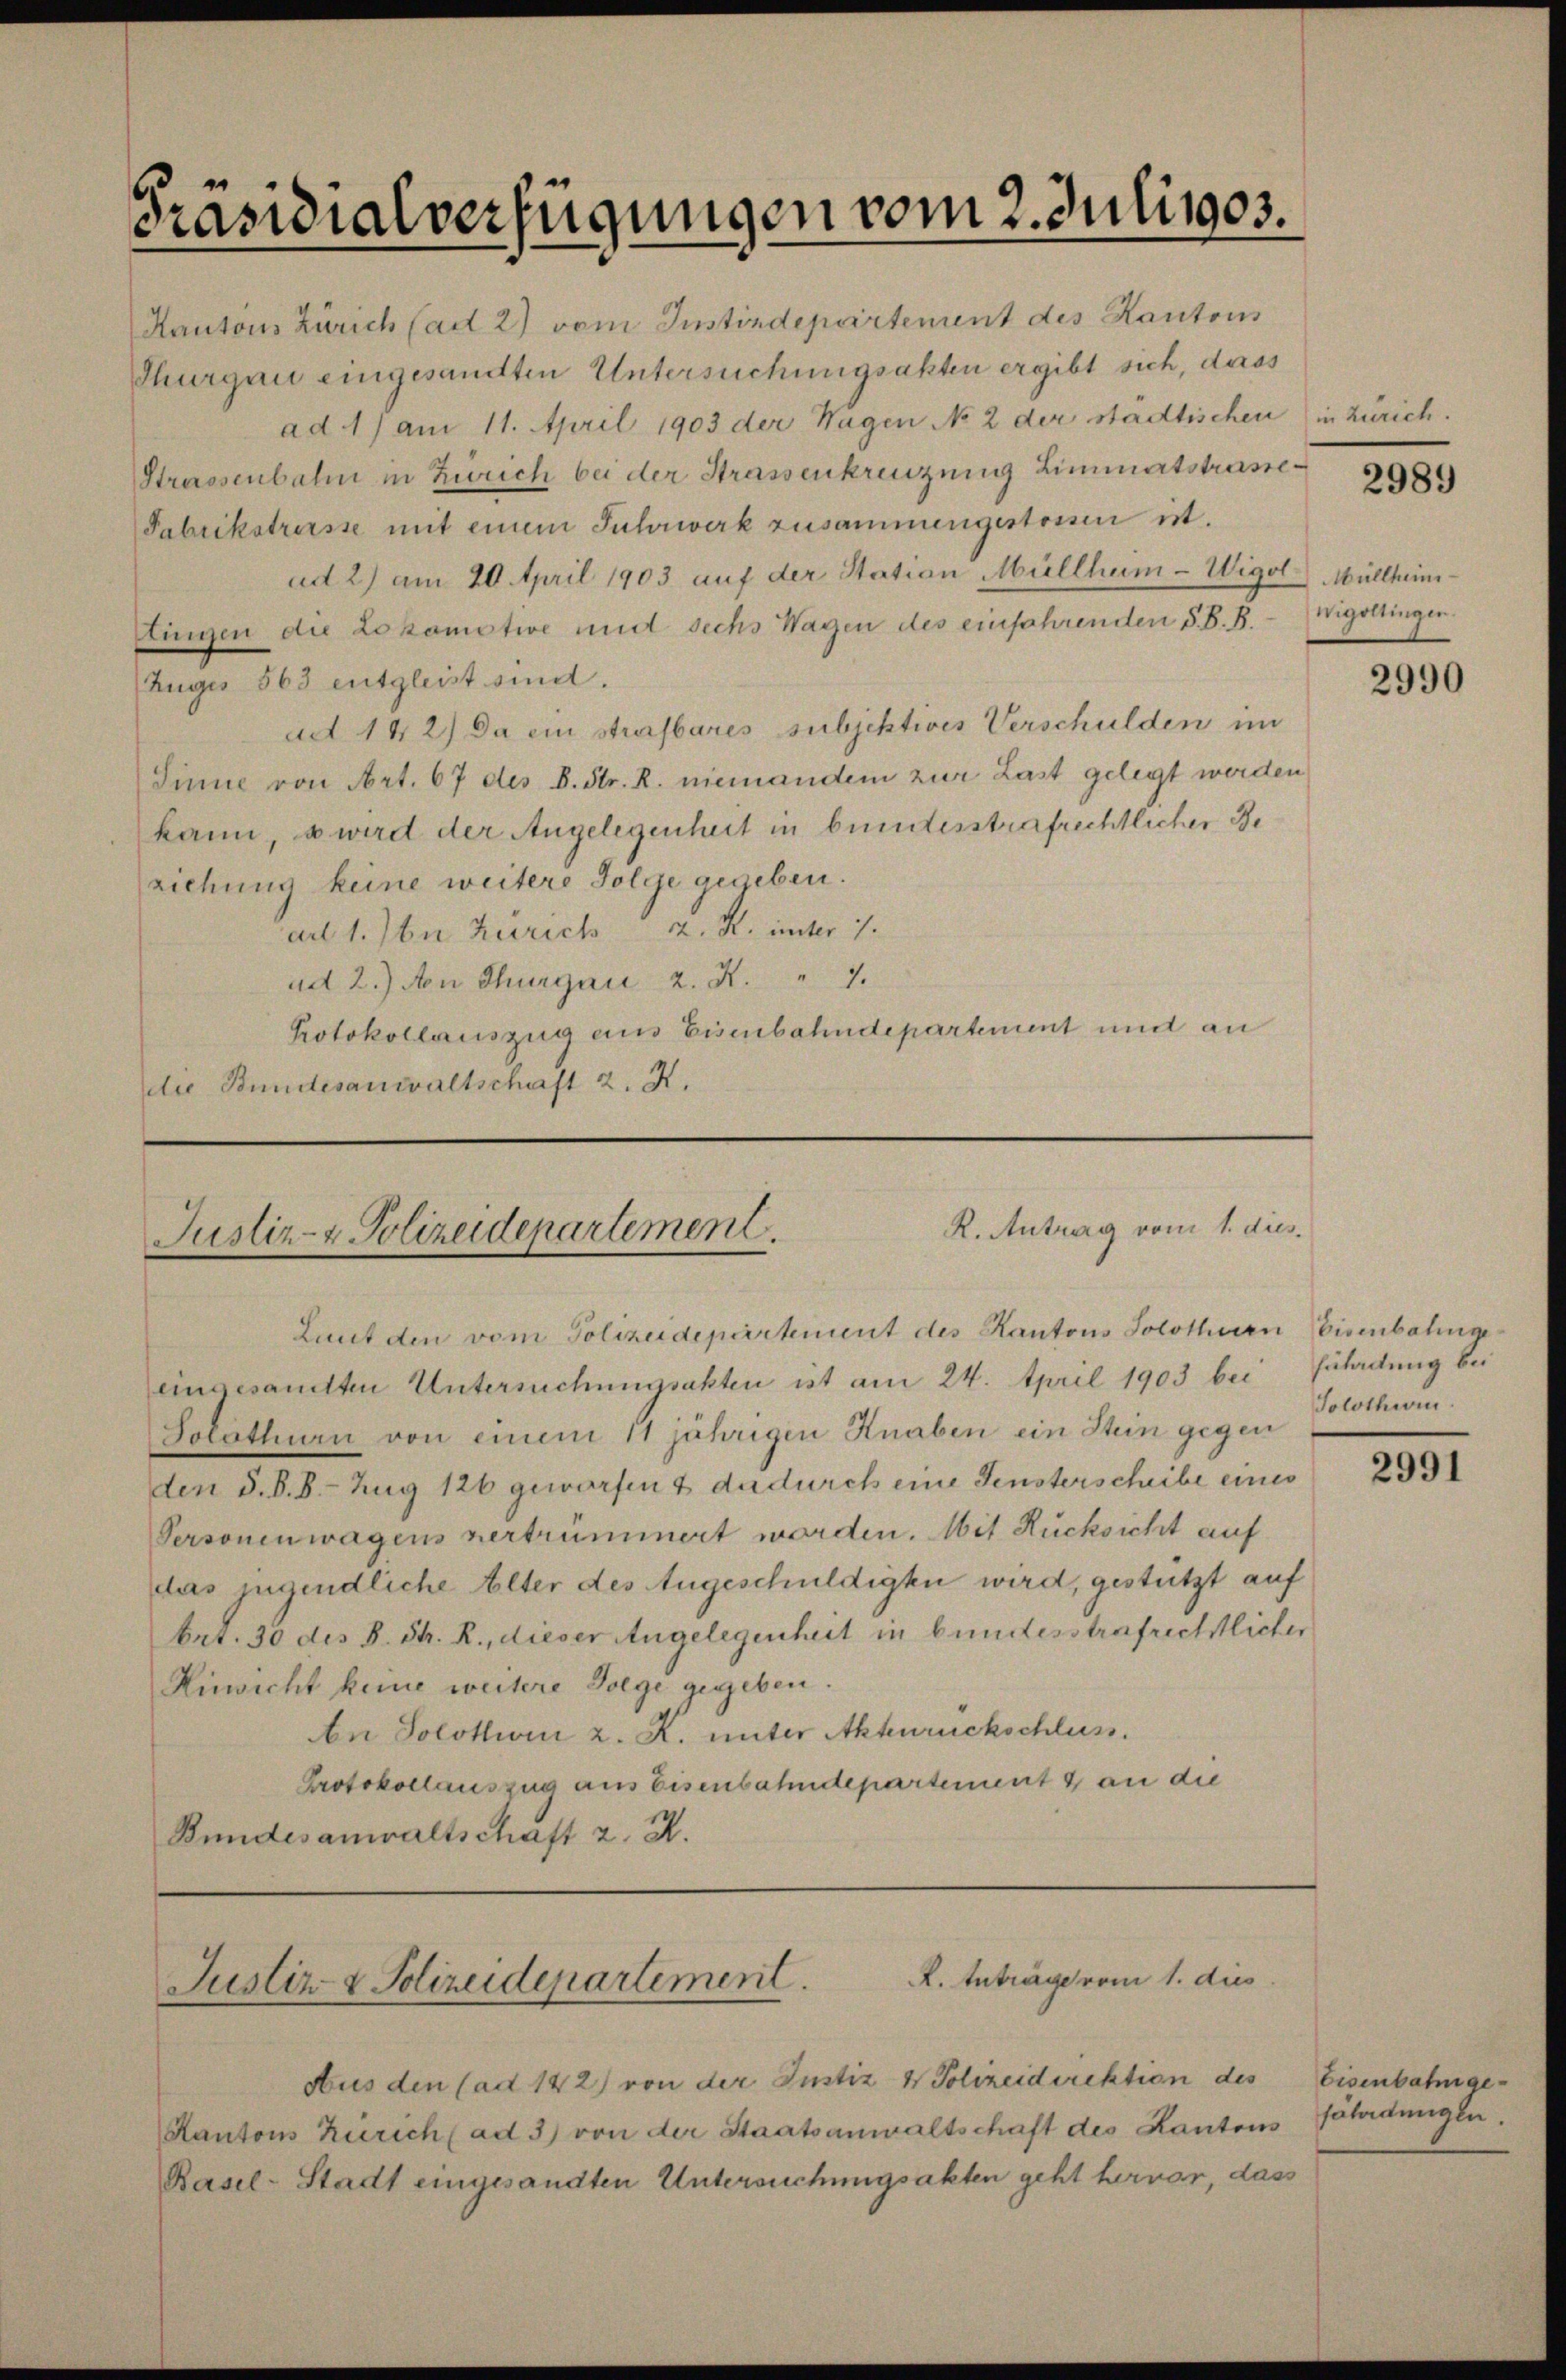
Präsidialverfügungen vom 2. Juli 1903.

R. Antrag vom 1. dies.
Justiz- & Polizeidepartement.

Kantons Zürich (ad 2) vom Instindepartement des Kantons
Thurgau eingesandten Untersuchungsakten ergibt sich, dass
ad 1) am 11. April 1903 der Wagen No 2 der städtischen in Zürich.
Strassenbahn in Zweich bei der Strassenkreuzung Limmatstrasse¬
Fabrikstreisse mit einem Fuhrwerk zusammengestossen u.
ad 2) am 20. April 1903 auf der Station Müllheim - Wigol Müllheim-
tingen die Lokomotive und sechs Wagen des einfahrenden S. B. B. Wigottingen.
Zugis 563 entgleist sind.
ad 142) Da ein strafbares subjektives Verschulden im
Sinne von Art. 67 des B. Str. R. niemandem zur Last gelegt werden
kann, u wird der Angelegenheit in bundesstrafrechtlicher Be
ziehung keine weitere Folge gegeben.
ad 1. In Zürich d. R. unter 7.
ad 2.) von Thurgau 2. K. " 7
Protokollauszug aus Eisenbahndepartement mit an
die Bundesanwaltschaft 2. X.

Aus den (ad 142) von der Justiz & Polizeidirektion des
Kantons Zürich (ad 3) von der Staatsanwaltschaft des Kantons
Basel-Stadt eingesandten Untersuchungsakten geht hervor, dass

Laut den vom Polizeidepartement des Kantons Solothurn Eisenbahnge
eingesamtten Untersuchungsakten ist am 24. April 1903 bei Erladung bei
Solothurn von einem 11 jährigen Knaben ein Stein gegen
den §. 8. B. Zug 126 geworfen & dadurch eine Fensterscheibe eines
Personenwagens vertrümmert worden. Mit Rücksicht auf
das jugendliche Alter des Angeschuldigte wird, gestützt auf
brt. 30 des B. Str. R., dieser Angelegenheit in bundesstrafrechtlicher
Riewicht keine weitere Folge gegeben.
An Solothoni z. K. unter Aktenrückschluss.
Protokollauszug aus Eisenbahndepartement & an die
Bundesanwaltschaft z. R.

R. Anträge vom 1. dies
Justiz & Polizeidepartement.

2989

2990

Solothurn.

2991

Eisenbahngefäladungen.